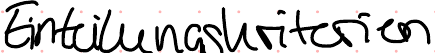
Einteilungskriterien